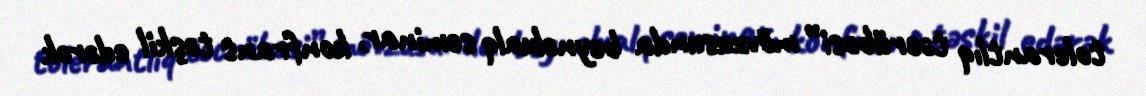
tolerantlıq təcrübəsi” mövzusunda beynəlxalq seminar, konfrans təşkil edərək